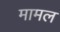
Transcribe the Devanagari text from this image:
मामल